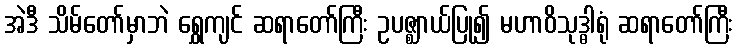
အဲဒီ သိမ်တော်မှာဘဲ ရွှေကျင် ဆရာတော်ကြီး ဥပဇ္ဈာယ်ပြု၍ မဟာဝိသုဒ္ဓါရုံ ဆရာတော်ကြီး